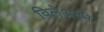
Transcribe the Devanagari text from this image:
विलेअर्बने